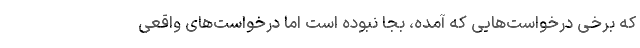
که برخی درخواست‌هایی که آمده، بجا نبوده است اما درخواست‌های واقعی